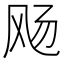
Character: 飏